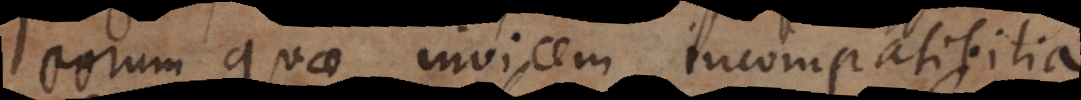
eorum quae invicem incompatibilia